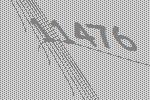
11476